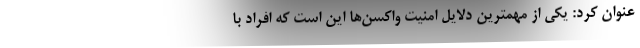
عنوان کرد: یکی از مهمترین دلایل امنیت واکسن‌ها این است که افراد با